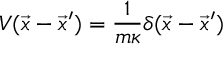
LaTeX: V ( \vec { x } - \vec { x } ^ { \prime } ) = { \frac { 1 } { m \kappa } } \delta ( \vec { x } - \vec { x } ^ { \prime } )